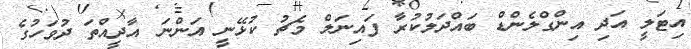
އިޓަލީ އަދި އިންގްލެންޑް ބައްދަލުކުރާ ފައިނަލް މެޗު ކުޅޭނީ އަންނަ އާދީއްތަ ދުވަހުގެ